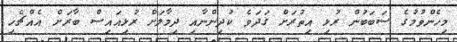
މިހެންވުމުގެ ސަބަބުން ރުޅި އިތުރަށް ގަދަވެ ކުދިންނާއި ދިމާލަށް ރުޅިއައިސް ބާރަށް އެއްޗެހި